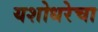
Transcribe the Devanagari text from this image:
यशोधरेचा